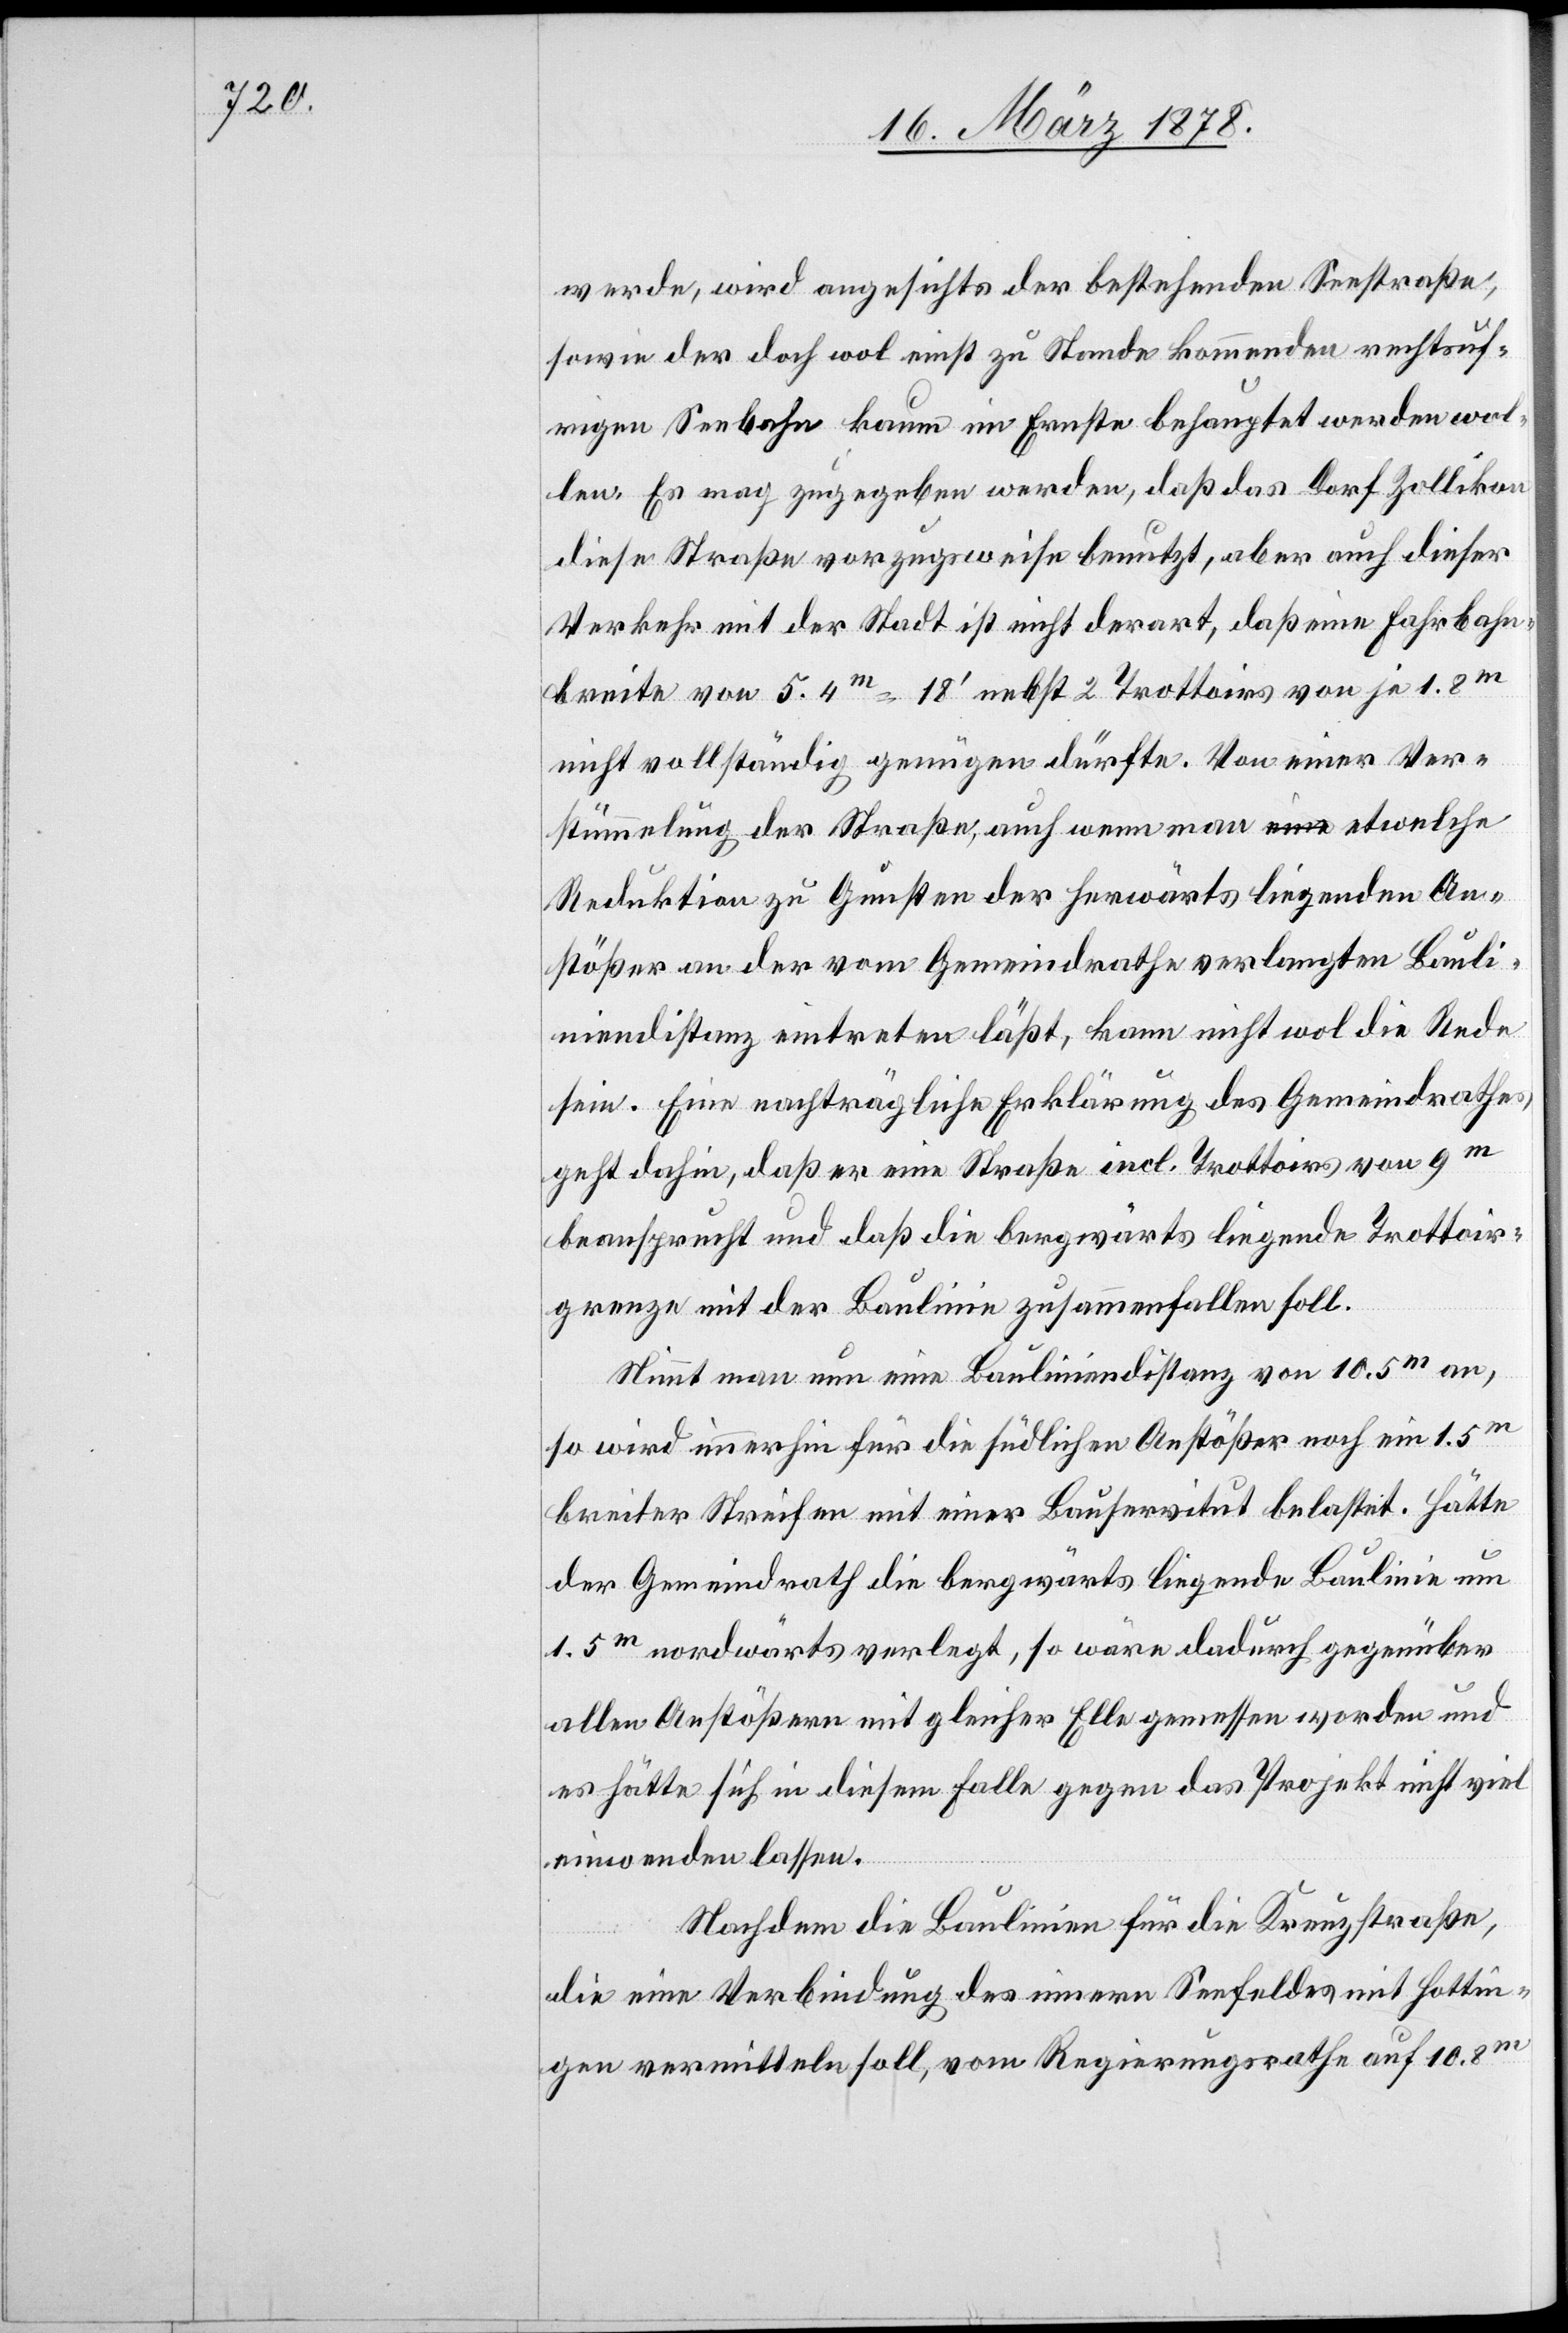
werde, wird angesichts der bestehenden Seestraße,
sowie der doch wol nicht zu Stande kommenden rechtsuf¬
rigen Seebahn kaum im Ernste behauptet werden wol¬
len. Es mag zugegeben werden, daß das Dorf Zollikon
diese Straße vorzugsweise benutzt, aber auch dieser
Verkehr mit der Stadt ist nicht derart, daß eine Fahrbahn¬
breite von 5.4m = 18’ nebst 2 Trottoirs von je 1.8m
nicht vollständig genügen dürfte. Von einer Ver¬
stümmelung der Straße, auch wenn man etwelche
Reduktion zu Gunsten der herwärts liegenden An¬
stößer an der vom Gemeindrathe verlangten Bauli¬
niendistanz eintreten läßt, kann nicht wol die Rede
sein. Eine nachträgliche Erklärung des Gemeindrathes
geht dahin, daß er eine Straße incl. Trottoirs von 9m
beansprucht und daß die bergwärts liegende Trottoir¬
grenze mit der Baulinie zusammenfallen soll.
Nimmt man nun eine Bauliniendistanz von 10.5m an,
so wird immerhin für die südlichen Anstößer noch ein 1.5m
breiter Streifen mit einer Bauservitut belastet. Hätte
der Gemeindrath die bergwärts liegende Baulinie um
1.5m nordwärts verlegt, so wäre dadurch gegenüber
allen Anstößern mit gleicher Elle gemessen worden und
es hätte sich in diesem Falle gegen das Projekt nicht viel
einwenden lassen.
Nachdem die Baulinie für die Kreuzstraße,
die eine Verbindung des einen Seefeldes mit Hottin¬
gen vermitteln soll, vom Regierungsrathe auf 10.8m